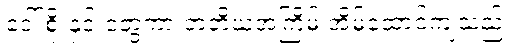
ဒေါ်စိုးနှင့် တွေ့ကာ တတိယအကြိမ် အိမ်ထောင်ကျသည်။